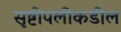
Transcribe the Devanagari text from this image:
सृष्टीपलीकडील